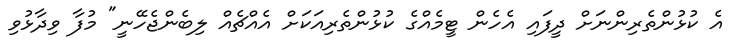
އެ ކުޅުންތެރިންނަށް ދީފައި އެހެން ޓީމެއްގެ ކުޅުންތެރިއަކަށް އެއްޗެއް ލިބެންޖެހޭނީ" މުފާ ވިދާޅުވި